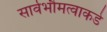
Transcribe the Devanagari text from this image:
सार्वभौमत्वाकडे